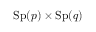
\mathrm { S p } ( p ) \times \mathrm { S p } ( q )